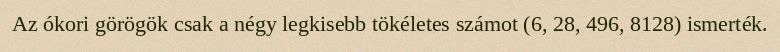
Az ókori görögök csak a négy legkisebb tökéletes számot (6, 28, 496, 8128) ismerték.